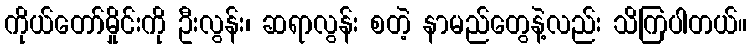
ကိုယ်တော်မှိုင်းကို ဦးလွန်း၊ ဆရာလွန်း စတဲ့ နာမည်တွေနဲ့လည်း သိကြပါတယ်။